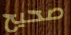
صحيح